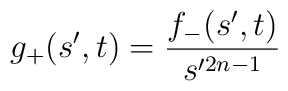
g_{+}(s',t)=\frac{f_{-}(s',t)}{s'^{2n-1}}